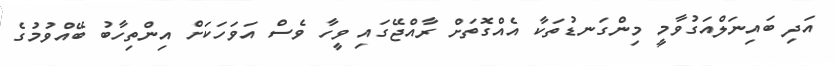
އަދި ބައިނަލްއަގުވާމީ މިންގަނޑުތަކާ އެއްގޮތަށް ރާއްޖޭގައި ވީހާ ވެސް އަވަހަކަށް އިންތިހާބު ބޭއްވުމުގެ